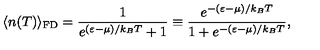
\langle n ( T ) \rangle _ { \mathrm { { F D } } } = \frac { 1 } { e ^ { ( \varepsilon - \mu ) / k _ { B } T } + 1 } \equiv \frac { e ^ { - ( \varepsilon - \mu ) / k _ { B } T } } { 1 + e ^ { - ( \varepsilon - \mu ) / k _ { B } T } } ,